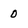
Character: 0